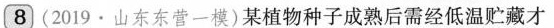
8 (2019 · 山东东营一模)某植物种子成熟后需经低温贮藏才